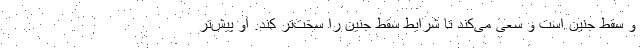
و سقط جنین است و سعی می‌کند تا شرایط سقط جنین را سخت‌تر کند. او پیش‌تر